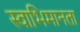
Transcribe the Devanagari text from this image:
स्वाभिमानता